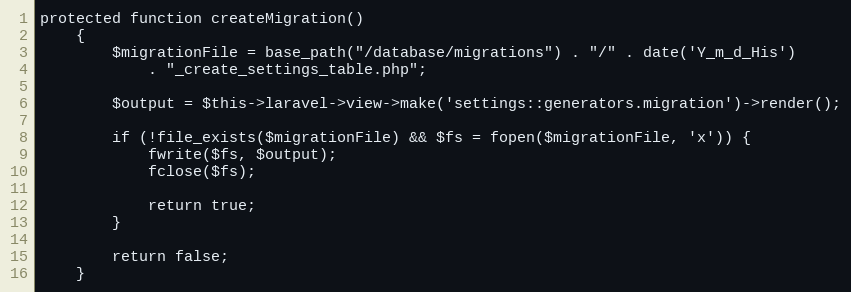
Language: PHP
protected function createMigration()
    {
        $migrationFile = base_path("/database/migrations") . "/" . date('Y_m_d_His')
            . "_create_settings_table.php";

        $output = $this->laravel->view->make('settings::generators.migration')->render();

        if (!file_exists($migrationFile) && $fs = fopen($migrationFile, 'x')) {
            fwrite($fs, $output);
            fclose($fs);

            return true;
        }

        return false;
    }